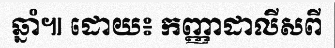
ឆ្នាំ៕ ដោយ៖ កញ្ញាដាលីសពី